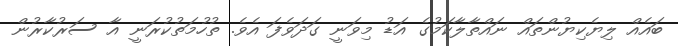
ބައެއް ލިޔެކިޔުންތައް ނައްތާލާކަމުގެ އަޑު މިވަނީ ގަދަވެފަ އެވެ. ތުހުމަތުކުރަނީ އާ ސަރުކާރުން